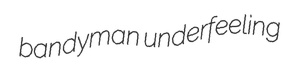
bandyman underfeeling